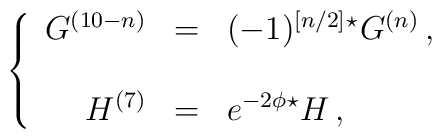
\left\{\begin{array}{rcl}G^{(10-n)} & = & (-1)^{\left[n/2\right]} {}^{\star}G^{(n)}\, ,  \\& & \\H^{(7)} & = & e^{-2\phi} {}^{\star} H\, ,\\\end{array}\right.